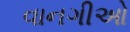
વાનગીઓ